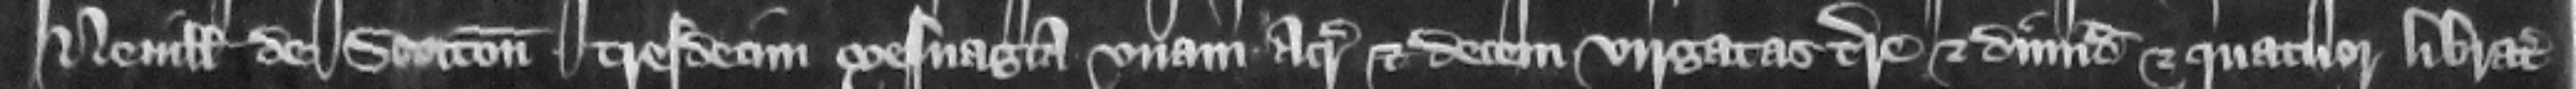
Neuille de Stotton tresdecim mesuagia vnam acram et decem virgatas terre et dimidiam et quatuor libratas